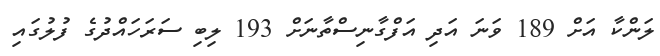
ލަންކާ އަށް 189 ވަނަ އަދި އަފްގާނިސްތާނަށް 193 ލިބި ސަރަހައްދުގެ ފުލުގައި